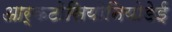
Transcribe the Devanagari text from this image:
आर्कटोसियोनियोडेई